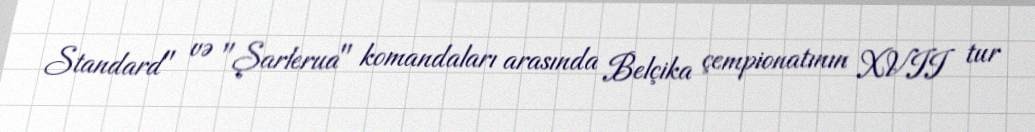
Standard" və "Şarlerua" komandaları arasında Belçika çempionatının XVII tur